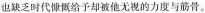
也缺乏时代慷慨给予却被他无视的力度与筋骨。